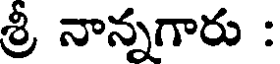
శ్రీ నాన్నగారు :